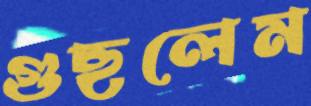
গুছলেম